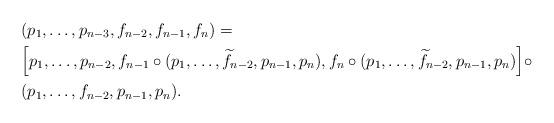
LaTeX: \begin{align*}& (p_{1},\ldots,p_{n-3},f_{n-2},f_{n-1},f_{n}) = \\& \Big[p_{1},\ldots,p_{n-2},f_{n-1}\circ (p_{1},\ldots,\widetilde{f}_{n-2},p_{n-1},p_{n}),f_{n}\circ (p_{1},\ldots,\widetilde{f}_{n-2},p_{n-1},p_{n}) \Big] \circ \\& (p_{1},\ldots,f_{n-2},p_{n-1},p_{n}).\end{align*}